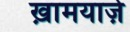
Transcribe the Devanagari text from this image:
ख़ामयाजे़